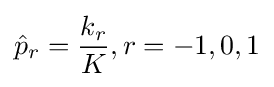
{\hat {p}}_{r}={\frac {k_{r}}{K}},r=-1,0,1